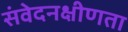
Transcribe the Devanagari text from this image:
संवेदनक्षीणता